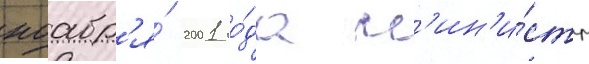
ноабр'я́ 2001 го́да м'ин'и́стр